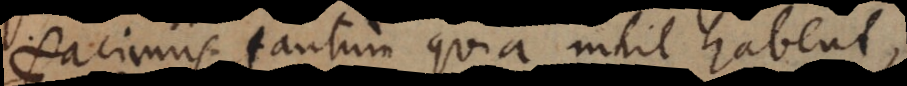
facimus, tantum quia nihil habent,